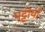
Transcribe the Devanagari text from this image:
पट्टीयाँ